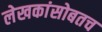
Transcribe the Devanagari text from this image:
लेखकांसोबतच